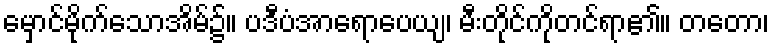
မှောင်မိုက်သောအိမ်၌။ ပဒီပံအာရောပေယျ၊ မီးတိုင်ကိုတင်ရာ၏။ တတော၊